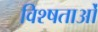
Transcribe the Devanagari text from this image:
विश्षताओं